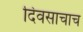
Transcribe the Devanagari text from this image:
दिवसाचाच